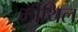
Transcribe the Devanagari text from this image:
मीथिल